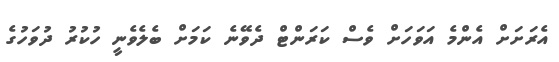
އެރަށަށް އެންމެ އަވަހަށް ވެސް ކަރަންޓް ދެވޭނެ ކަމަށް ބެލެވެނީ ހުކުރު ދުވަހުގެ